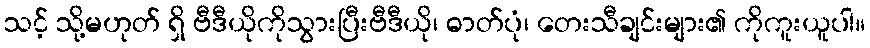
သင့် သို့မဟုတ် ရှိ ဗီဒီယိုကိုသွားပြီးဗီဒီယို၊ ဓာတ်ပုံ၊ တေးသီချင်းများ၏ ကိုကူးယူပါ။